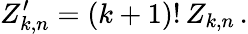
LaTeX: Z_{k,n}^{\prime}=(k+1)!\, Z_{k,n}\, .